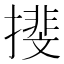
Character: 𢵪